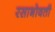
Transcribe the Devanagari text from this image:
रसाभोवती